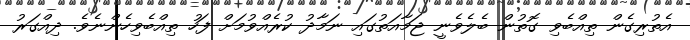
އެތުރިގެން ތިއްބެވި ގޮތުން ބެލެވެނީ ޖަމާއަތުގައި ނަމާދު ކުރެއްވުމަށް ފަހު ތިއްބެވިހެންނެވެ. ދިއްގަރު